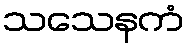
သသေနကံ